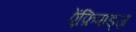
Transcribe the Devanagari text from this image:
ऐंफ़िपाड्ज़